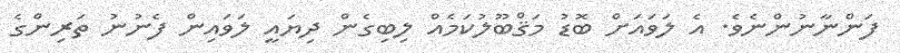
ފަންނާނުންނެވެ. އެ ލަވައަށް ބޮޑު މަޤްބޫލުކަމެއް ލިބިގެން ދިޔައީ ލަވައިން ފެނުނު ތަރިންގެ